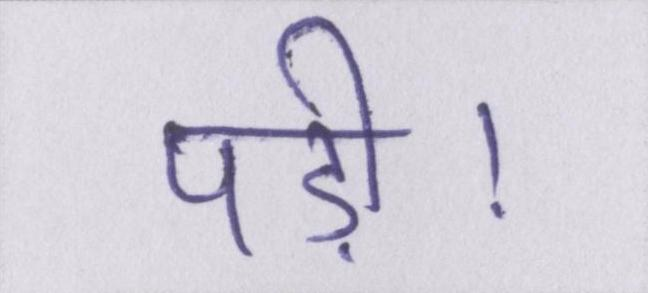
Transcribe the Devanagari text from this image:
पड़ी।